Report of the Municipal Commissioner on the plague in Bombay for the year ending 31st May... - Volume 1
Disease focus: Plague
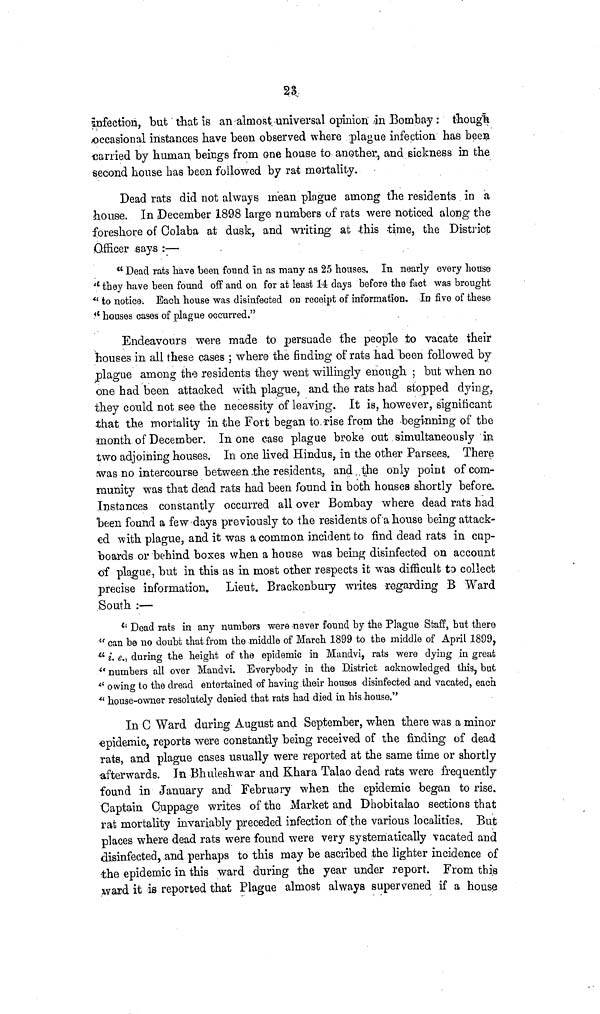
23
infection, but that is an almost universal opinion in .Bombay: though
occasional instances have been observed where plague infection has been
carried by human beings from one house to another, and sickness in the
second house has been followed by rat mortality.
Dead rats did riot always mean plague among the residents in a
house. In December 1898 large numbers of rats were noticed along the
foreshore of Golaba at dusk, and writing at this time, the District
Officer says :—
" Dead rats have been found in as many as 25 houses. In nearly every house
" they have been found off and on for at least 14 days before the fact was brought
" to notice. Each house \vas disinfected on receipt of information. In five of these
" houses cases of plague occurred."
Endeavours were made to persuade the people to vacate their
houses in all these cases ; where the finding of rats had heen followed by
plague among the residents they went willingly enough ; but when no
one had been attacked with plague, and the rats had stopped dying,
they could not see the necessity of leaving. It is, however, significant
that the mortality in the Fort began to rise from th« beginning of the
month of December. In one case plague broke out simultaneously in
two adjoining houses. In one lived Hindus, in the other Parsees. There
was no intercourse between the residents, and the only point of com-
munity was that dead rats had been found in both houses shortly before.
Instances constantly occurred all over Bombay where dead rats had
been found a few days previously to the residents of a house being attack-
ed with plague, and it was a common incident to find dead rats in cup-
boards or behind boxes when a house was being disinfected on account
of plague, but in this as in most other respects it was difficult to collect
precise information. Lieut. Brackenbury writes regarding B Ward
South :—
" Dead rats in any numbers were never found by the Plague Staff, but there
" can be no doubt that from the middle of March 1899 to the middle of April 1899,
" L e. } during the height of the epidemic in Mandvi, rats were dying in great
(t numbers all over Mandvi. Everybody in the District acknowledged this, bat
" owing to the dread entertained of having their houses disinfected and vacated, each
•" house-owner resolutely denied that rats had died in his house."
In 0 Ward during August and September, when there was a minor
epidemic, reports were constantly being received of the finding of dead
rats, and plague cases usually were reported at the same time or shortly
afterwards. In Bhuleshwar and Khara Talao dead rats were frequently
found in January and February when the epidemic began to rise.
Captain Cuppage writes of the Market and Dhobitalao sections that
rat mortality invariably preceded infection of the various localities. But
places where dead rats were found were very systematically vacated and
disinfected, and perhaps to this may be ascribed the lighter incidence of
the epidemic in this ward during the year under report. From this
ward it is reported that Plague almost always supervened if a house